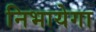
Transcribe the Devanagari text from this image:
निभायेगा